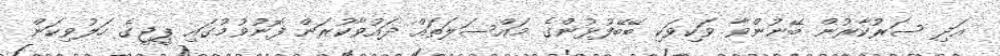
އަދި ސަރުކާރުން ބޭނުންވާ ވަކިވަކި ބޭބޭފުޅުންގެ މައްސަލަތައް ދައުވާކުރަން ފޮނުވުމުގައި ޕީޖީގެ ހަލުވިކަން